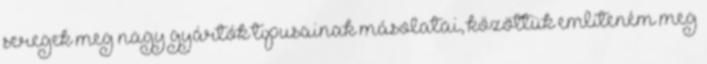
seregek meg nagy gyártók tipusainak másolatai, közöttük említeném meg